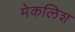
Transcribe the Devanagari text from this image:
मेकलिश